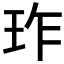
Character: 𬍚